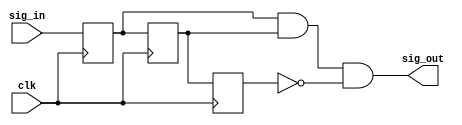
`timescale 1ns / 1ps

module debounce(
    input clk,
    input  sig_in,
    output sig_out
    );

	reg q1;
	reg q2;
	reg q3;
	
	always @ (posedge clk)
	begin
		q1 <= sig_in;
		q2 <= q1;
		q3 <= q2;
	end
	
	assign sig_out = q1 & q2 & (!q3);
	
endmodule